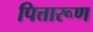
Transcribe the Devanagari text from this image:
पित्तारूण